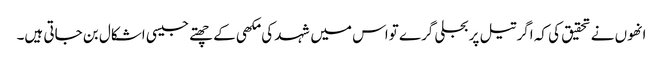
انھوں نے تحقیق کی کہ اگر تیل پربجلی گرے تواس میں شہد کی مکھی کے چھتے جیسی اشکال بن جاتی ہیں۔